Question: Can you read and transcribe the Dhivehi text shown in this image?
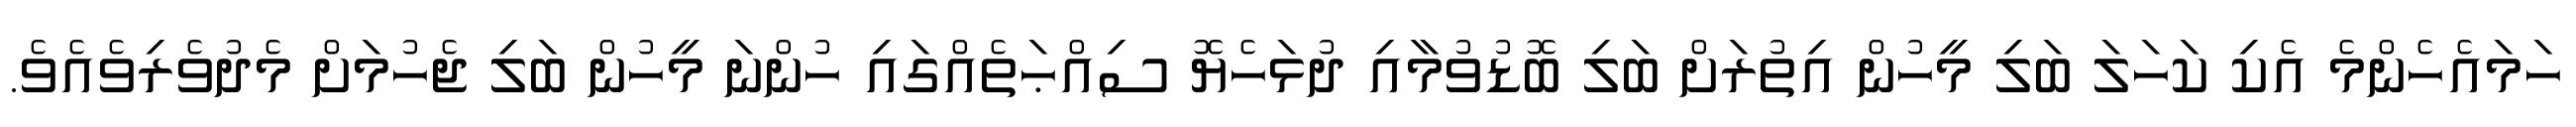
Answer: ހަމައެހެންމެ އެކި ކަހަލަ ބަލި މީހުން އިތުރަށް ބަލި ބޮޑުވުމާއި ދުޅަހެޔޮ ސިއްޙަތެއްގައި ހުންނަ މީހުން ބަލި ޖެހުމަށް މެދުވެރިވެއެވެ.